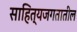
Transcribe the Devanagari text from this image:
साहित्यजगतातील